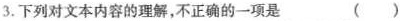
下列对文本内容的理解，不正确的一项是（）